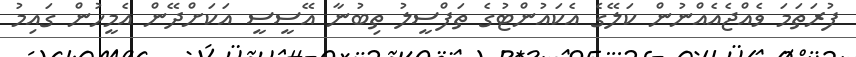
ފުރަތަމަ ވެއްޖެއެއްނުން ކަލޭގެ އެކައުންޓުގެ ތަފްސީލު ތިބުނާ އޭސީސީ އަކަށްދޭން އެމީހުން ގައިމު